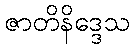
ဇာတိနိဒ္ဒေသ